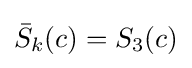
{\bar {S}}_{k}(c)=S_{3}(c)